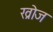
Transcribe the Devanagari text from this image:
ख्रोज